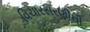
વિચારસરણીની